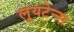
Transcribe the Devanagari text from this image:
लूयटेन्स